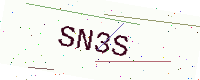
Text: SN3S